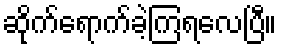
ဆိုက်ရောက်ခဲ့ကြရလေပြီ။